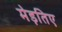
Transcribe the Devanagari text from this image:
मेड़तिए